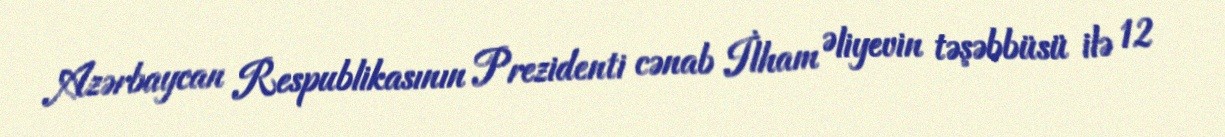
Azərbaycan Respublikasının Prezidenti cənab İlham Əliyevin təşəbbüsü ilə 12